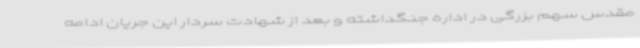
مقدس سهم بزرگی در اداره جنگداشته و بعد از شهادت سردار این جریان ادامه